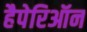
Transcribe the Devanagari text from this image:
हैपेरिऑन